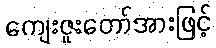
ကျေးဇူးတော်အားဖြင့်